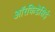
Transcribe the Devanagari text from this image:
ऑरकिडेसिई